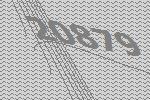
20879